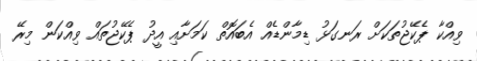
ވިއްކާ ޕެކޭޖުތަކަށް ރަނގަޅު ޑިމާންޑެއް އެބައޮތް ކަމަށާއި އީދު ޕެކޭޖުތައް ވިއްކަން މިރޭ